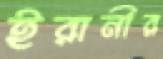
ইরানীর